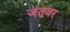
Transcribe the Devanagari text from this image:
जंतूवर